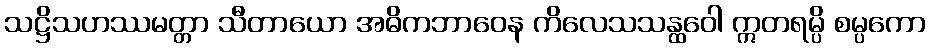
သဋ္ဌိသဟဿမတ္တာ သီတာယော အဓိကဘာဝေန ကိလေသသန္ထဝေါ ဣတရမ္ပိ စမ္ပကော